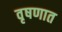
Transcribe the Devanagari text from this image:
वृषणात